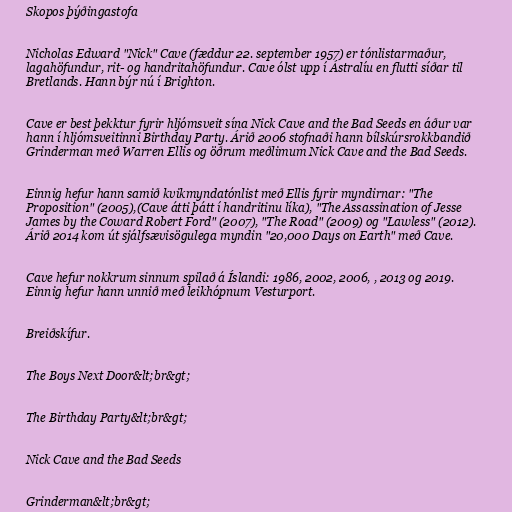
Skopos þýðingastofa

Nicholas Edward "Nick" Cave (fæddur 22. september 1957) er tónlistarmaður,
lagahöfundur, rit- og handritahöfundur. Cave ólst upp í Ástralíu en flutti síðar til
Bretlands. Hann býr nú í Brighton.

Cave er best þekktur fyrir hljómsveit sína Nick Cave and the Bad Seeds en áður var
hann í hljómsveitinni Birthday Party. Árið 2006 stofnaði hann bílskúrsrokkbandið
Grinderman með Warren Ellis og öðrum meðlimum Nick Cave and the Bad Seeds.

Einnig hefur hann samið kvikmyndatónlist með Ellis fyrir myndirnar: "The
Proposition" (2005),(Cave átti þátt í handritinu líka), "The Assassination of Jesse
James by the Coward Robert Ford" (2007), "The Road" (2009) og "Lawless" (2012).
Árið 2014 kom út sjálfsævisögulega myndin "20,000 Days on Earth" með Cave.

Cave hefur nokkrum sinnum spilað á Íslandi: 1986, 2002, 2006, , 2013 og 2019.
Einnig hefur hann unnið með leikhópnum Vesturport.

Breiðskífur.

The Boys Next Door&lt;br&gt;

The Birthday Party&lt;br&gt;

Nick Cave and the Bad Seeds

Grinderman&lt;br&gt;